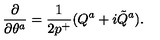
\frac { \partial } { \partial \theta ^ { a } } = { \frac { 1 } { 2 p ^ { + } } } ( Q ^ { a } + i \tilde { Q } ^ { a } ) .